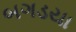
બગડયા